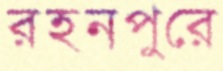
রহনপুরে